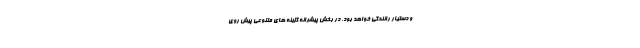
و دستیار رانندگی خواهد بود. در بخش پیشرانه گزینه های متنوعی پیش روی